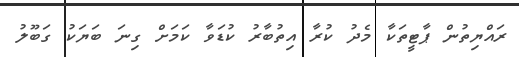
ރައްޔިތުން ޕާޓީތަކާ މެދު ކުރާ އިތުބާރު ކުޑަވާ ކަމަށް ގިނަ ބަޔަކު ގަބޫލު